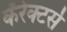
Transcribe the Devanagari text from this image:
कॅरेक्टर्स